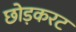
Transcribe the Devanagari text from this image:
छोड़करट